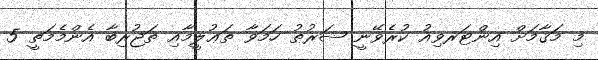
މި މަޤާމަށް އިންޓަރވިއު ކުރެވޭނީ ޝަރުޠު ހަމަވާ ތަޢުލީމާއި ތަޖުރިބާ އެންމެމަތީ 5